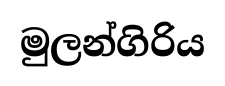
මුලන්ගිරිය